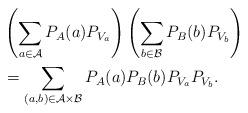
LaTeX: \begin{align*} & \left(\sum_{a \in \mathcal{A}} P_A(a) P_{V_a}\right)\left(\sum_{b \in \mathcal{B}} P_B(b) P_{V_b}\right) \\ & = \sum_{(a,b) \in \mathcal{A}\times \mathcal{B}} P_A(a) P_B(b) P_{V_a} P_{V_b}. \end{align*}